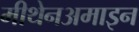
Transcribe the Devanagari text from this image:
मीथेनअमाइन